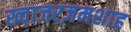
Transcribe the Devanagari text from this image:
ख्व़ाजरज़मशाह